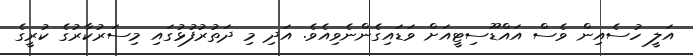
އަލީ ހުސެއިން ވެސް އައްޑޫސިޓީއަށް ވަޑައިގެންނެވިއެވެ. އަދި މި ދަތުރުފުޅުގައި މިސަރުކާރުގެ ކުރީގެ